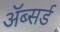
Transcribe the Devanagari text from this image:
ॲब्सर्ड